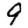
Digit: 9